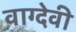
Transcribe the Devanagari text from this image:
वाग्‍देवी